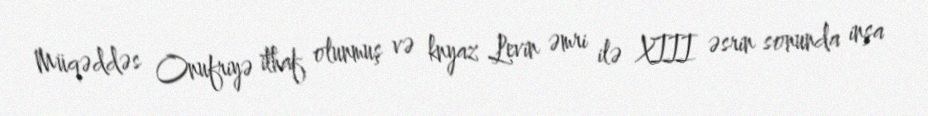
Müqəddəs Onufriyə ithaf olunmuş və knyaz Levin əmri ilə XIII əsrin sonunda inşa